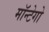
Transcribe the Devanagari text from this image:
मॉन्टेगो